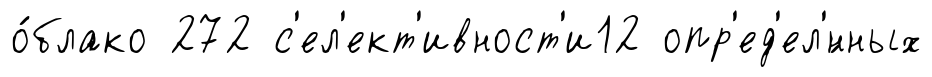
о́блако 272 с'ел'ект'ивност'и12 опр'ед'ел'́нных